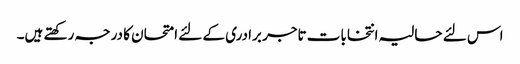
اس لئے حالیہ انتخابات تاجر برادری کے لئے امتحان کا درجہ رکھتے ہیں۔